342_HS1-416511228_319.1 Flying Discs 1949
Agency: Department of War
Incident date: 1/9/50
Page 73
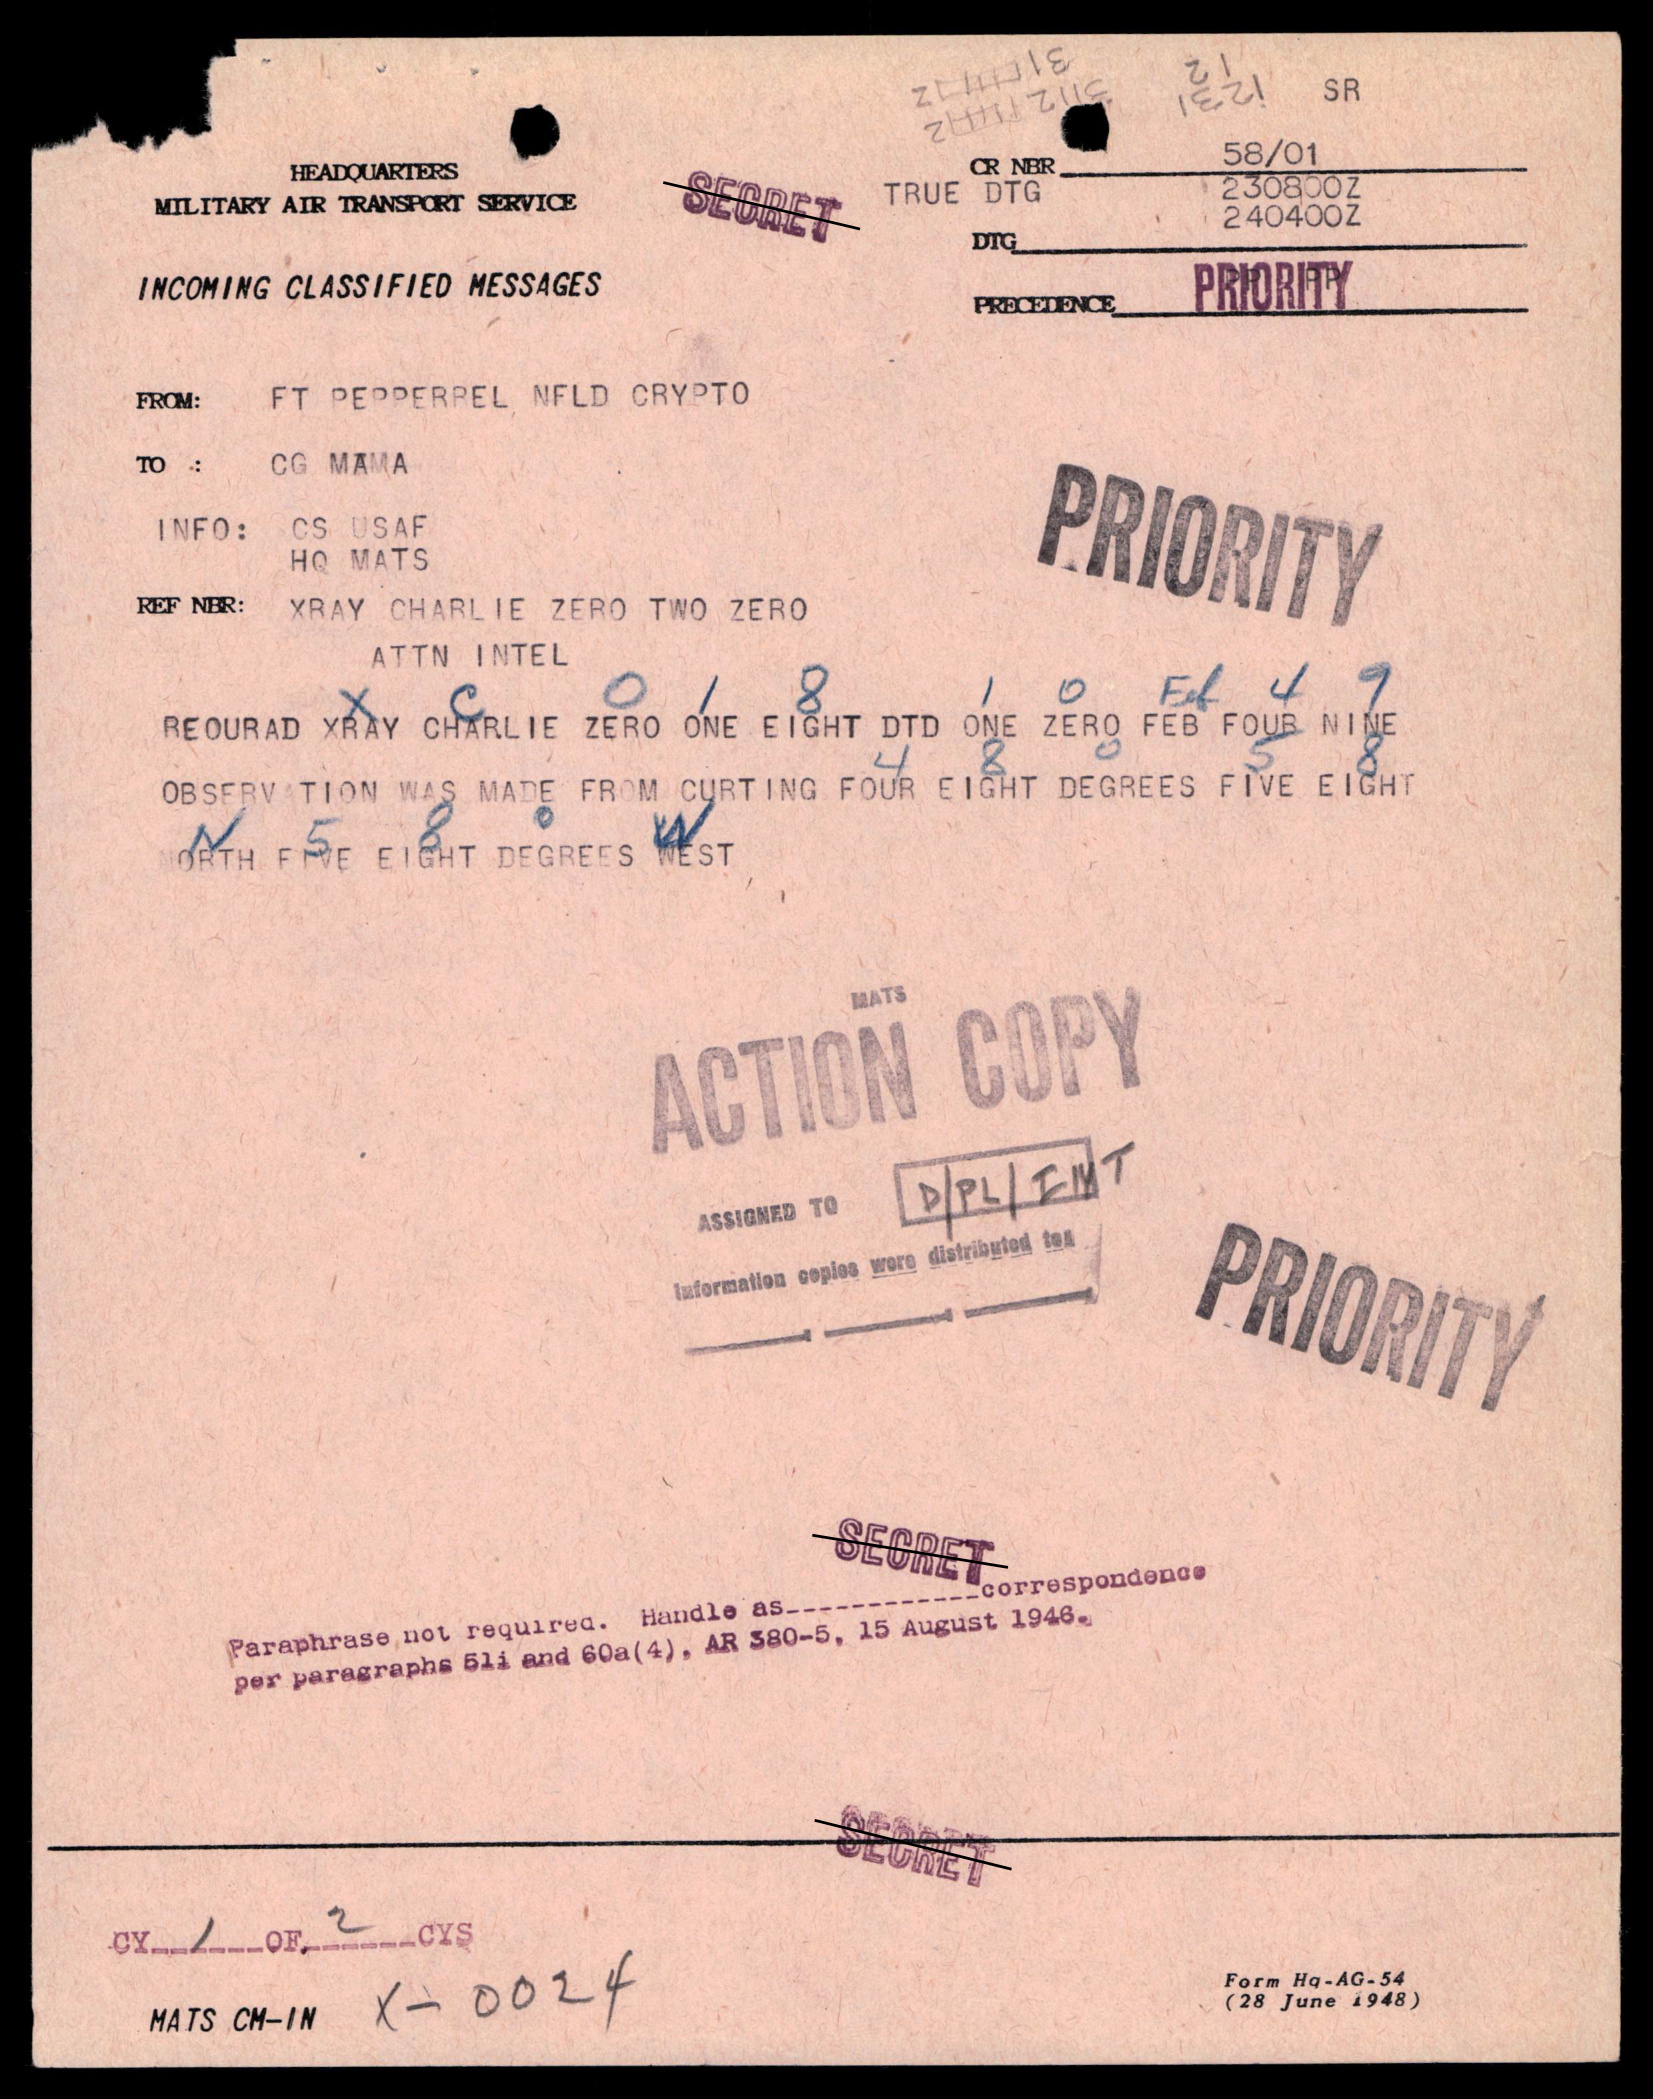